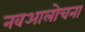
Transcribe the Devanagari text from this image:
नवआलोचना